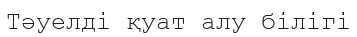
Тәуелді қуат алу білігі